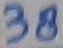
Text: 38